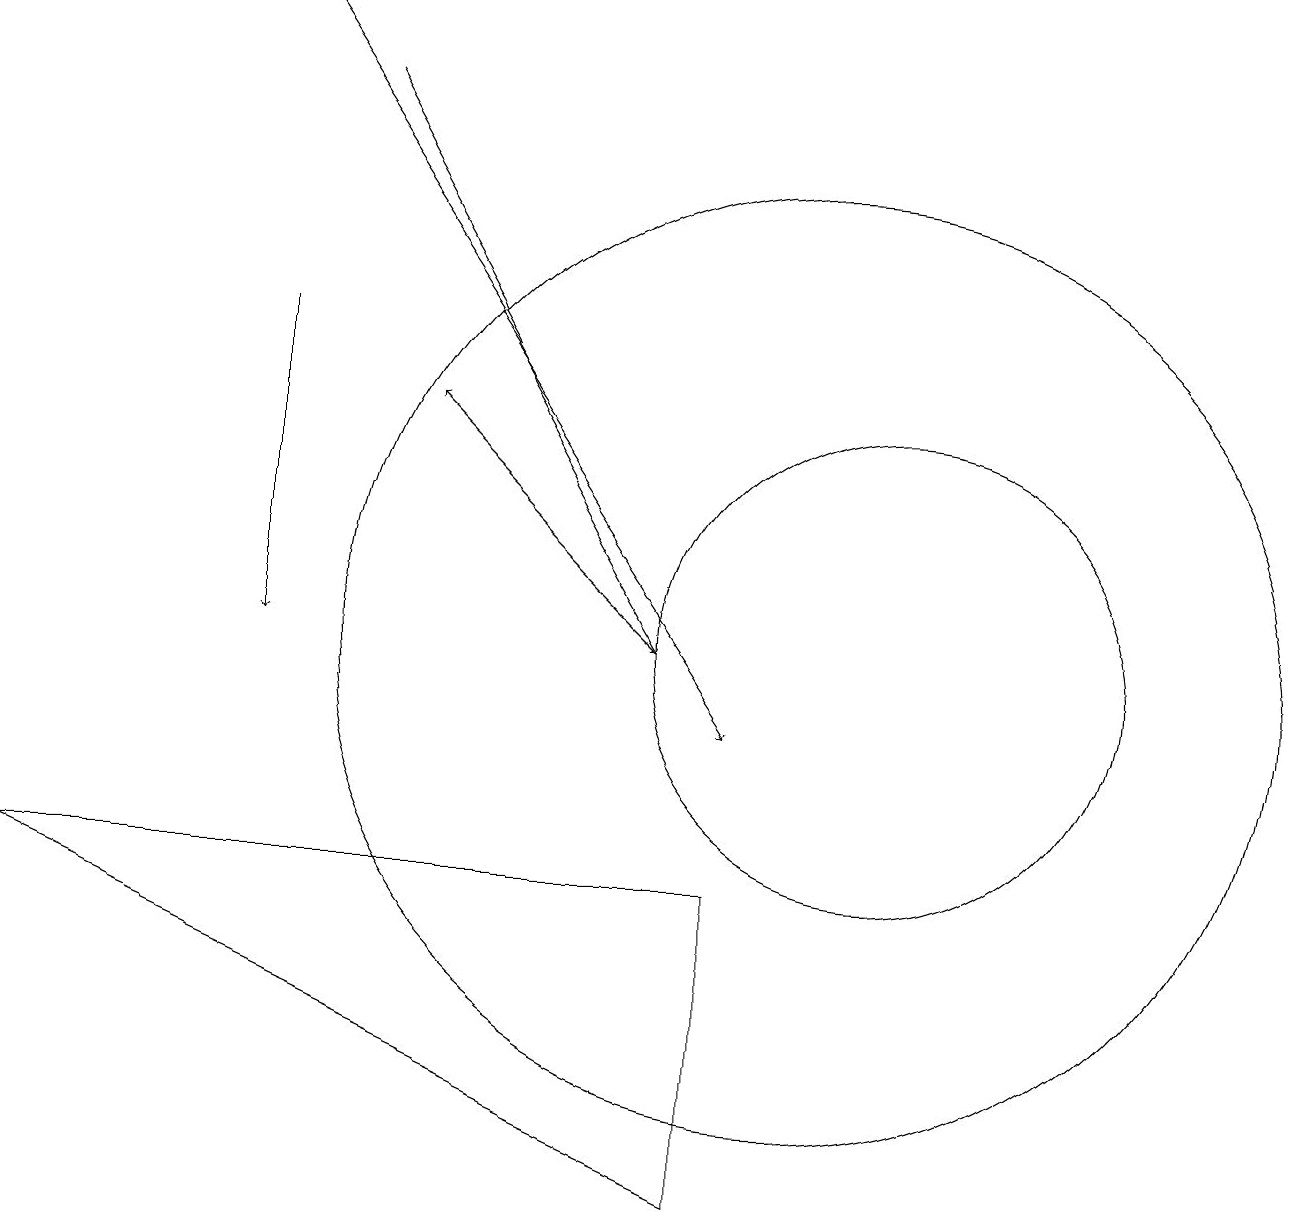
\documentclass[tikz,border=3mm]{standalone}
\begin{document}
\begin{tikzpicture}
\draw[->] (8,11) -- (5,14);
\draw[->] (3,15) -- (3,11);
\draw (10,11) circle (6);
\draw (11,11) circle (3);
\draw[->] (3,19) -- (9,10);
\draw (9,4) -- (0,8) -- (9,8) -- cycle;
\draw[->] (4,18) -- (8,11);
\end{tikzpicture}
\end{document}